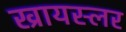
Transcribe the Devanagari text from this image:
ख्रायस्लर